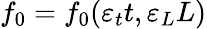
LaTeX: f_{0}=f_{0}(\varepsilon_{t}t,\varepsilon_{L}L)